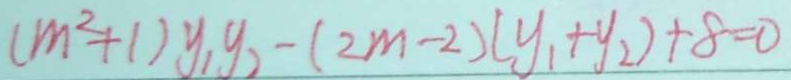
( m ^ { 2 } + 1 ) y _ { 1 } y _ { 2 } - ( 2 m - 2 ) ( y _ { 1 } + y _ { 2 } ) + 8 = 0